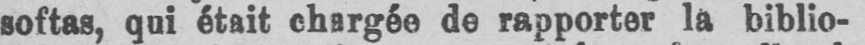
softas, qui était chargée de rapporter la biblio-